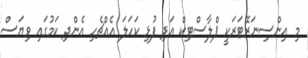
މި އިންސިނަރޭޓަރަކީ ޕްލާސްޓިކް އަދި ފުޅި ކަހަލަ އެއްޗެހި އެންދި ކަމުގައި ވިޔަސް